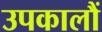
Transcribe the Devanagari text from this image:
उपकालौं